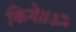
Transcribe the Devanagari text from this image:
किये॥ॐ